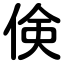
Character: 倹